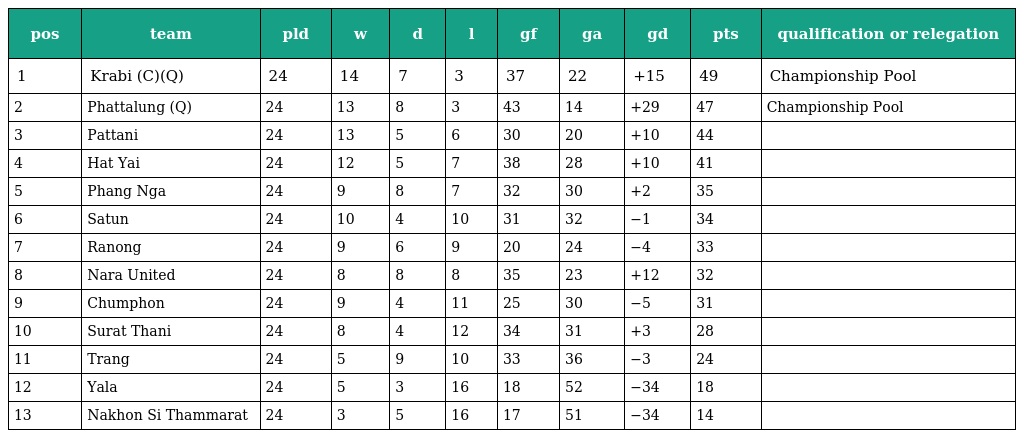
| pos | team | pld | w | d | l | gf | ga | gd | pts | qualification or relegation |
 | --- | --- | --- | --- | --- | --- | --- | --- | --- | --- | --- |
 | 1 | Krabi (C)(Q) | 24 | 14 | 7 | 3 | 37 | 22 | +15 | 49 | Championship Pool |
 | 2 | Phattalung (Q) | 24 | 13 | 8 | 3 | 43 | 14 | +29 | 47 | Championship Pool |
 | 3 | Pattani | 24 | 13 | 5 | 6 | 30 | 20 | +10 | 44 |  |
 | 4 | Hat Yai | 24 | 12 | 5 | 7 | 38 | 28 | +10 | 41 |  |
 | 5 | Phang Nga | 24 | 9 | 8 | 7 | 32 | 30 | +2 | 35 |  |
 | 6 | Satun | 24 | 10 | 4 | 10 | 31 | 32 | −1 | 34 |  |
 | 7 | Ranong | 24 | 9 | 6 | 9 | 20 | 24 | −4 | 33 |  |
 | 8 | Nara United | 24 | 8 | 8 | 8 | 35 | 23 | +12 | 32 |  |
 | 9 | Chumphon | 24 | 9 | 4 | 11 | 25 | 30 | −5 | 31 |  |
 | 10 | Surat Thani | 24 | 8 | 4 | 12 | 34 | 31 | +3 | 28 |  |
 | 11 | Trang | 24 | 5 | 9 | 10 | 33 | 36 | −3 | 24 |  |
 | 12 | Yala | 24 | 5 | 3 | 16 | 18 | 52 | −34 | 18 |  |
 | 13 | Nakhon Si Thammarat | 24 | 3 | 5 | 16 | 17 | 51 | −34 | 14 |  |